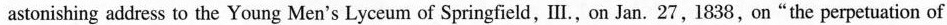
astonishing address to the Young Men's Lyceum of Springfield, I., on Jan. 27, 1838, on"the perpetuation of